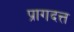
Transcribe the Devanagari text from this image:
प्रागदत्त